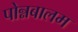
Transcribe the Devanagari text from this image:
पोन्नबालम